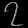
Digit: ၇